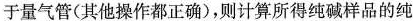
于量气管(其他操作都正确)，则计算所得纯碱样品的纯